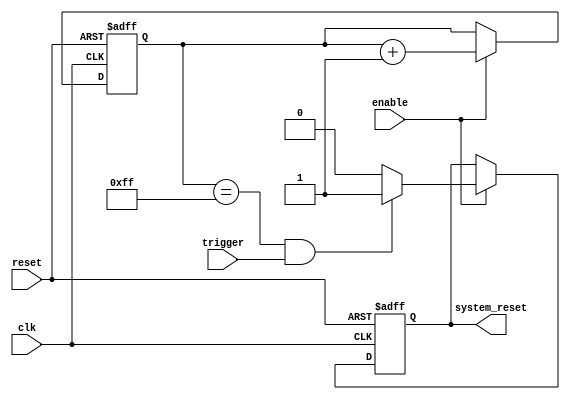
module watchdog_timer (
    input wire clk,
    input wire reset,
    input wire enable,
    input wire trigger,
    output reg system_reset
);

reg [7:0] counter;
parameter TIMEOUT_VALUE = 255;

always @(posedge clk or posedge reset) begin
    if (reset) begin
        counter <= 0;
        system_reset <= 0;
    end else begin
        if (enable) begin
            counter <= counter + 1;
            if (counter == TIMEOUT_VALUE && trigger) begin
                system_reset <= 1;
            end else begin
                system_reset <= 0;
            end
        end
    end
end

endmodule